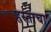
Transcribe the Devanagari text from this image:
हस्ताचा